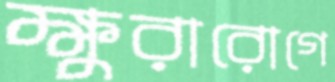
ক্ষুরারোগে